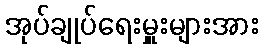
အုပ်ချုပ်ရေးမှူးများအား